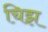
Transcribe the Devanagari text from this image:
चिझ